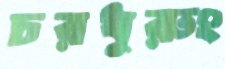
চরধুরুং